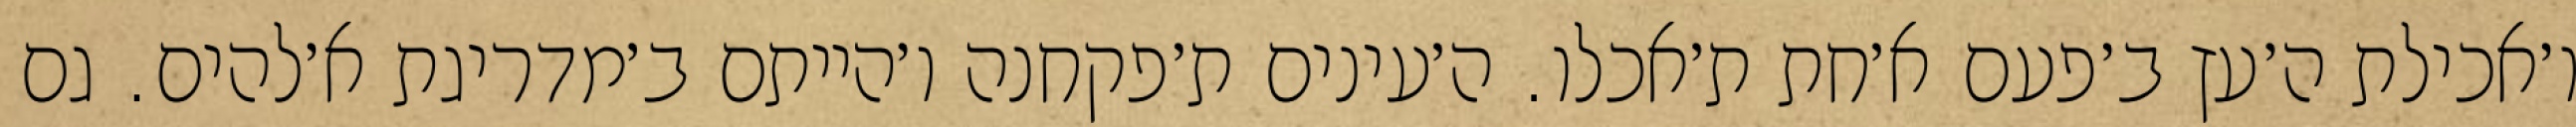
ו׳אכילת ה׳עץ ב׳פעם א׳חת ת׳אכלו. ה׳עינים ת׳פקחנה ו׳הייתם ב׳מדריגת א׳להים. גם